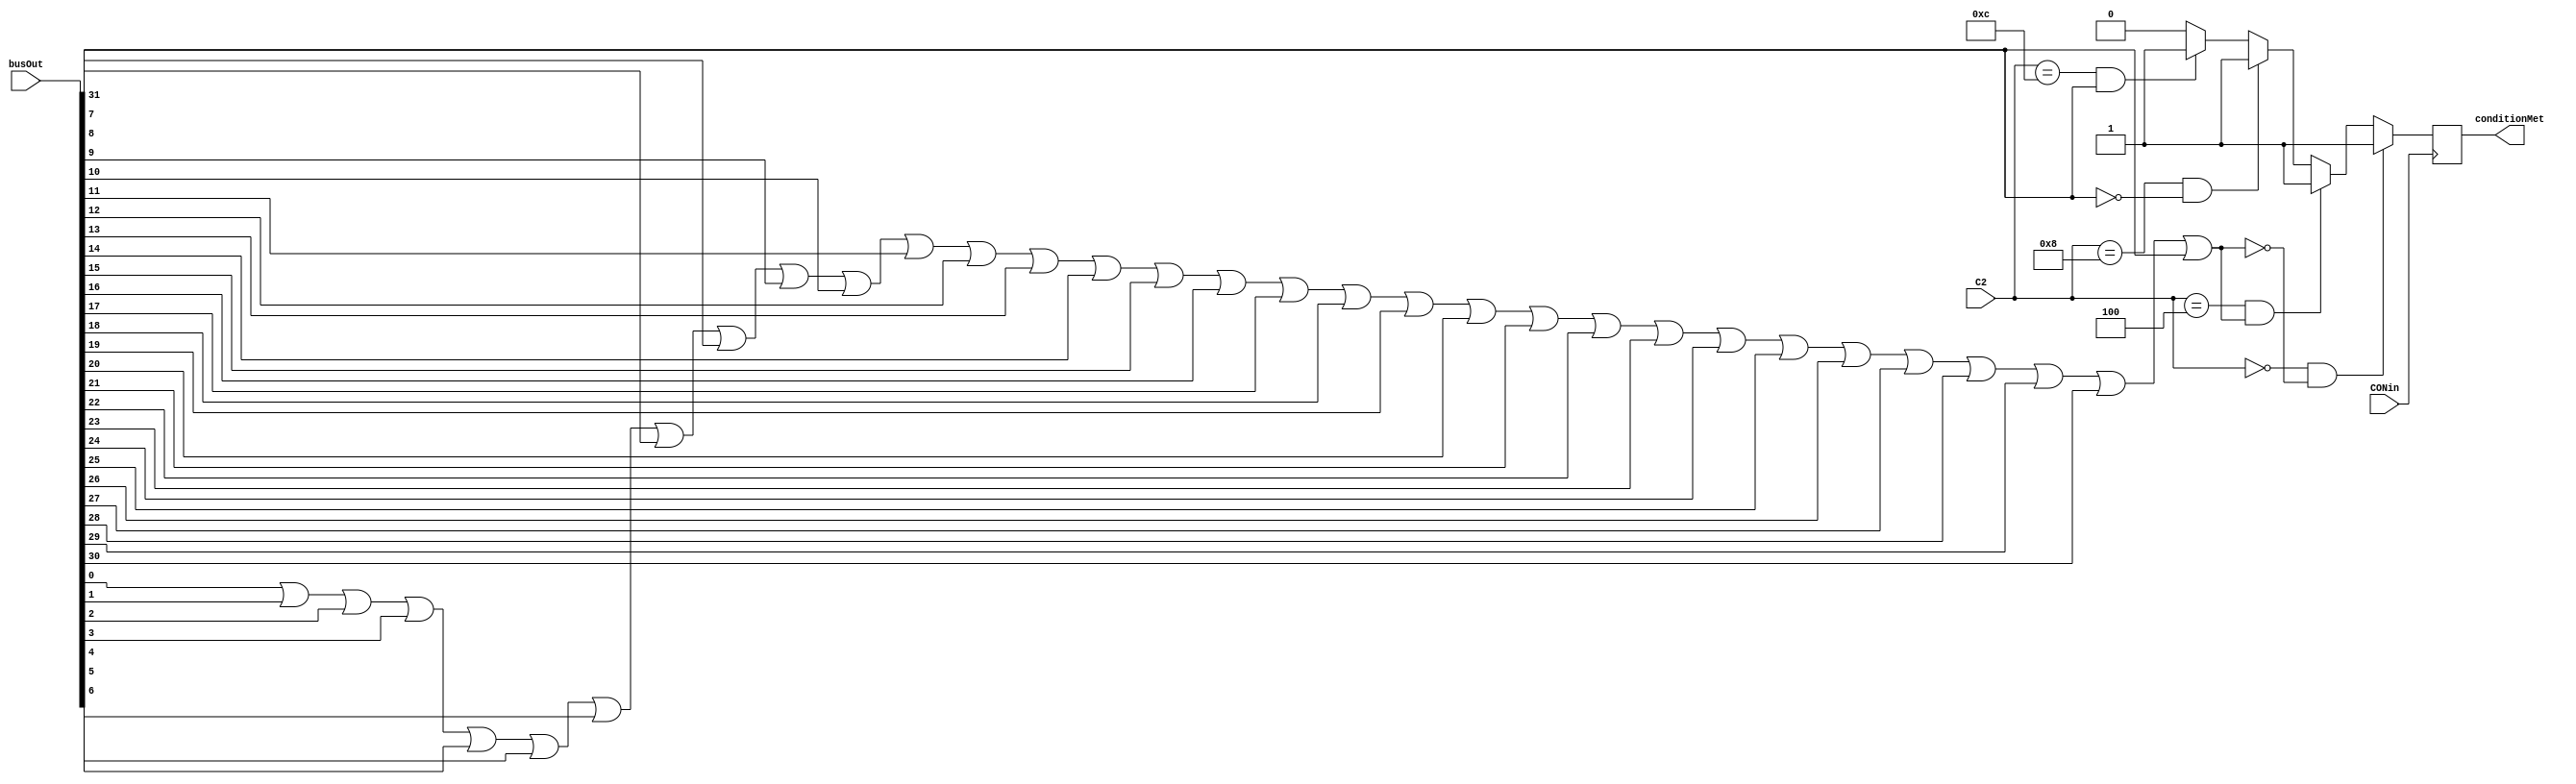
`timescale 1ns/10ps
module CONFF_Logic(
	output reg conditionMet,
	input [31:0] busOut,
	input [3:0] C2,
	input CONin
);
	reg busNor, D;
	
	initial conditionMet = 0;
	
	integer i;
	
	always @(busOut or C2)
	begin
		busNor = 0;
		for(i = 0; i < 32; i = i + 1) begin
			busNor = busNor || busOut[i];
		end
		busNor = !busNor;
		
		if(C2 == 4'b0000 && busNor)
			D = 1;
		else if(C2 == 4'b0100 && !busNor)
			D = 1;
		else if(C2 == 4'b1000 && !busOut[31])
			D = 1;
		else if(C2 == 4'b1100 && busOut[31])
			D = 1;
		else
			D = 0;
	end

	always @(posedge CONin)
	begin
		#3 conditionMet = D;
	end
	
endmodule